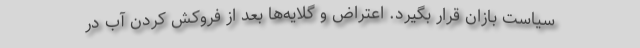
سیاست بازان قرار بگیرد. اعتراض و گلایه‌ها بعد از فروکش کردن آب در